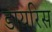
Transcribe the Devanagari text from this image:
डायरिस